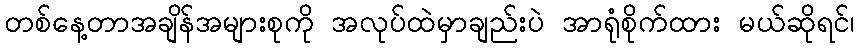
တစ်နေ့တာအချိန်အများစုကို အလုပ်ထဲမှာချည်းပဲ အာရုံစိုက်ထား မယ်ဆိုရင်၊